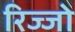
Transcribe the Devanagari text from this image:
रिज्‍जो